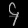
Digit: ၄